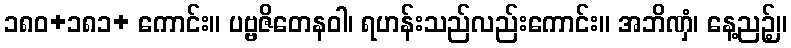
၁၈၀+၁၈၁+ ကောင်း။ ပဗ္ဗဇိတေနဝါ၊ ရဟန်းသည်လည်းကောင်း။ အဘိဏှံ၊ နေ့ညဉ့်။